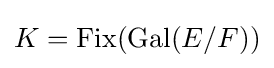
K={\mbox{Fix}}({\mbox{Gal}}(E/F))